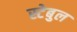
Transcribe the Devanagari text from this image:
स्टेबुल